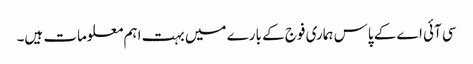
سی آئی اے کے پاس ہماری فوج کے بارے میں بہت اہم معلومات ہیں۔